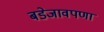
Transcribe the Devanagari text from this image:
बडेजावपणा